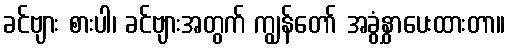
ခင်ဗျား စားပါ၊ ခင်ဗျားအတွက် ကျွန်တော် အခွံနွှာပေးထားတာ။